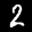
Label: 2